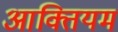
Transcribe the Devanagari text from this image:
आक्तियम